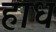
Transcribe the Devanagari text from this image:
हाध